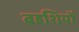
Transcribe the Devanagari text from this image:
बहशियों